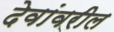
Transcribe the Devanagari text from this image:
देवांवरील